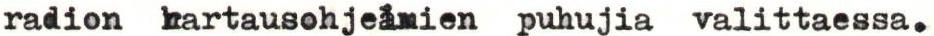
radion hartausohjelmien puhujia valittaessa.